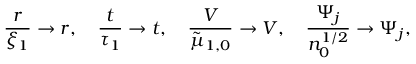
\frac { r } { \xi _ { 1 } } \to r , \quad \frac { t } { \tau _ { 1 } } \to t , \quad \frac { V } { \tilde { \mu } _ { 1 , 0 } } \to V , \quad \frac { \Psi _ { j } } { n _ { 0 } ^ { 1 / 2 } } \to \Psi _ { j } ,